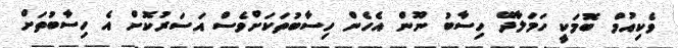
ވެކިއުމް ބޮމަކީ ހަމަލާދޭ ހިސާބު ނޫން އެހެން ހިސާބުތަކަށްވެސް އަސަރުކޮށް އެ ހިސާބުތަށް